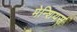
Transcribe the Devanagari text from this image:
मेन्शियस